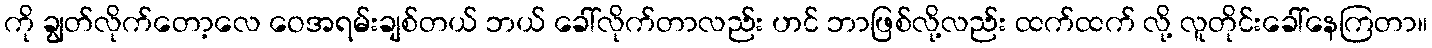
ကို ချွတ်လိုက်တော့လေ ဝေအရမ်းချစ်တယ် ဘယ် ခေါ်လိုက်တာလည်း ဟင် ဘာဖြစ်လို့လည်း ထက်ထက် လို့ လူတိုင်းခေါ်နေကြတာ။